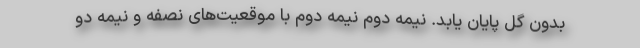
بدون گل پایان یابد. نیمه دوم نیمه دوم با موقعیت‌های نصفه و نیمه دو